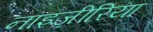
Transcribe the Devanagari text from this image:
नाइज़ीरिया